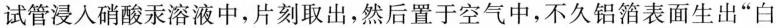
试管浸入硝酸汞溶液中，片刻取出，然后置于空气中，不久铝箔表面生出”白